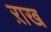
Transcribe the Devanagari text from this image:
ऱाख